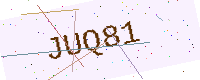
Text: JUQ81